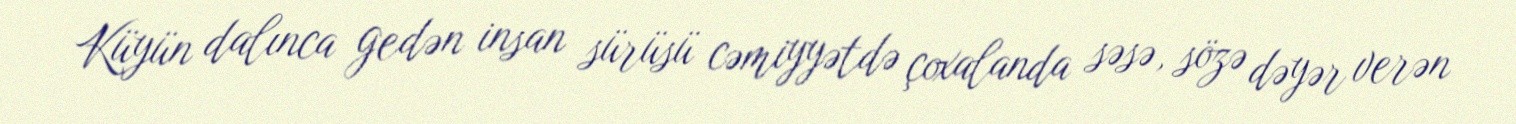
Küyün dalınca gedən insan sürüsü cəmiyyətdə çoxalanda səsə, sözə dəyər verən